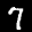
Label: 7